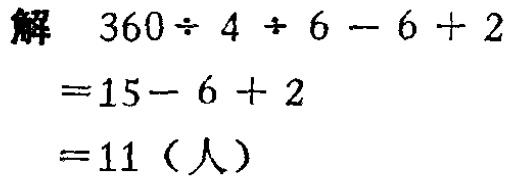
解

\[

\begin{align*}

&360\div4\div6 - 6 + 2\\

=&15 - 6 + 2\\

=&11（人）

\end{align*}

\]